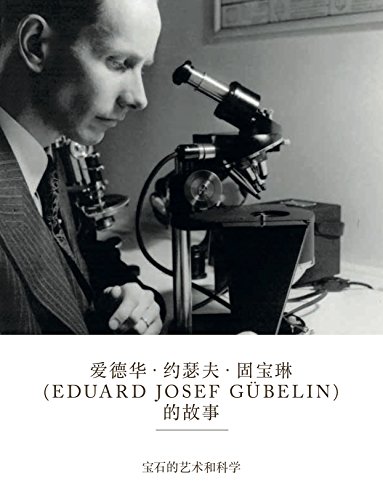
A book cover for The Eduard Josef GÃ¼belin Story - Mandarin Edition: The Art and Science of Gems; The GÃ¼belin Foundation; Crafts, Hobbies & Home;